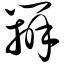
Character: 办